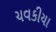
ચવકીયા